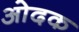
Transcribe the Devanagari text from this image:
ओदक